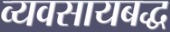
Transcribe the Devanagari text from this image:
व्यवसायबद्ध